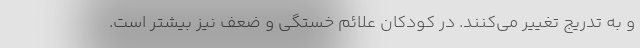
و به تدریج تغییر می‌کنند. در کودکان علائم خستگی و ضعف نیز بیشتر است.